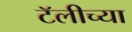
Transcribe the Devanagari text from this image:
टॅलीच्या